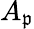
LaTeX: A_{\mathfrak{p}}